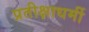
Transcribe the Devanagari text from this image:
प्रतीक्षाधर्मी